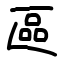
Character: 區